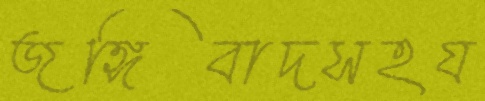
জঙ্গিবাদসহয